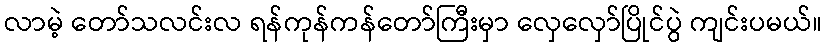
လာမဲ့ တော်သလင်းလ ရန်ကုန်ကန်တော်ကြီးမှာ လှေလှော်ပြိုင်ပွဲ ကျင်းပမယ်။